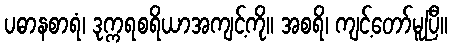
ပဓာနစာရံ၊ ဒုက္ကရစရိယာအကျင့်ကို။ အစရိ၊ ကျင့်တော်မူပြီ။